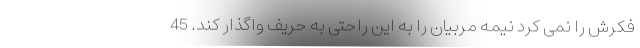
فکرش را نمی کرد نیمه مربیان را به این راحتی به حریف واگذار کند. 45